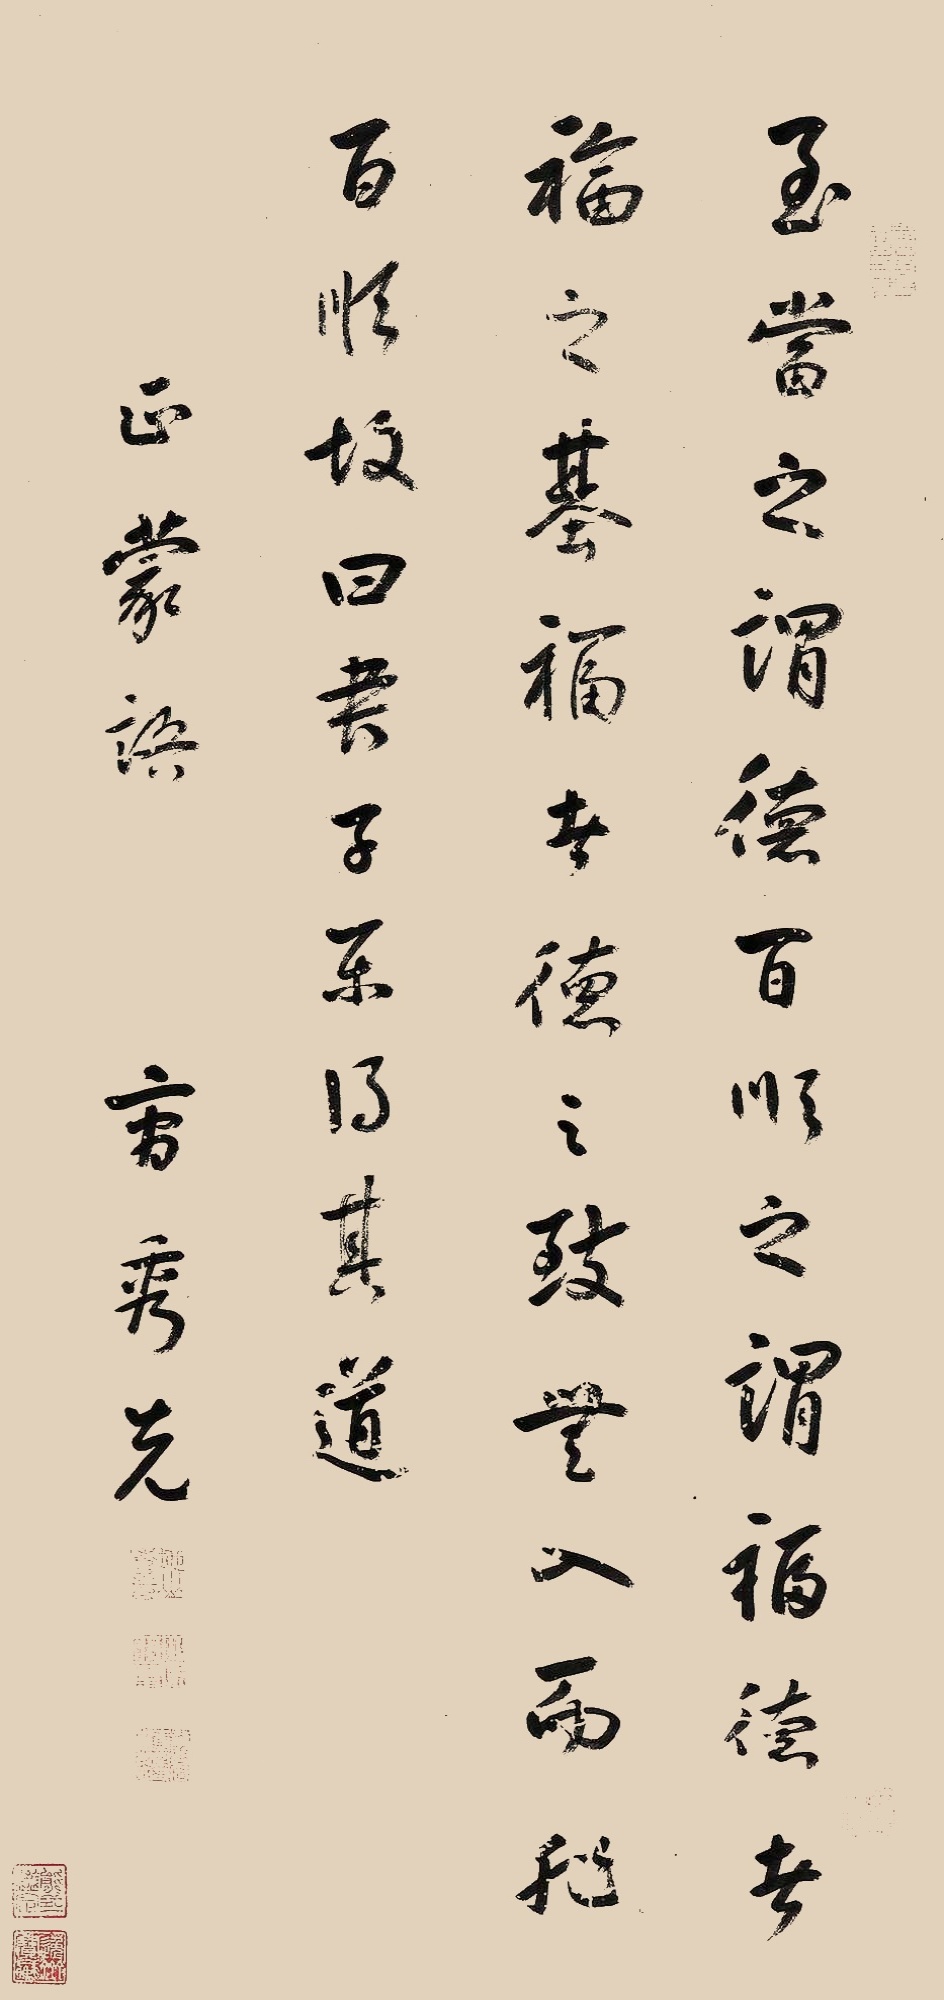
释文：至当之谓德，百顺之谓福。德者福之基，福者德之致，无入而非百顺，故曰：君子乐得其道。正蒙语。曹秀先。